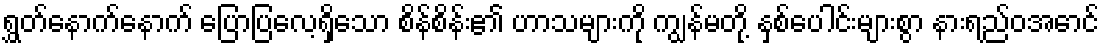
ရွှတ်နောက်နောက် ပြောပြလေ့ရှိသော စိန်စိန်း၏ ဟာသများကို ကျွန်မတို့ နှစ်ပေါင်းများစွာ နားရည်ဝအောင်